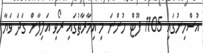
އުސްމިނުގައި 1105 ފޫޓް ހުންނަ މި އިމާރާތުގައި ރޯވި އަލިފާން ގަދަ ވަޔާ